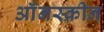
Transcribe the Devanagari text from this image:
ऑंनस्क्रीन